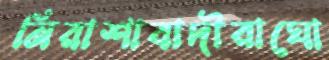
নিরাশাবাদীরাঘো